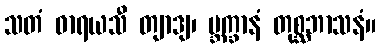
သတံ ဓာရယသီ တျာဒျ၊ ဗ္ဘက္ခာနံ တုစ္ဆဘာသနံ။